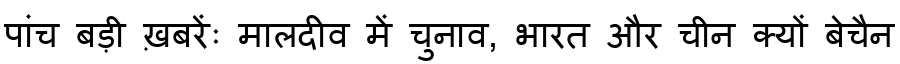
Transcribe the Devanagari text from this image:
पांच बड़ी ख़बरेंः मालदीव में चुनाव, भारत और चीन क्यों बेचैन